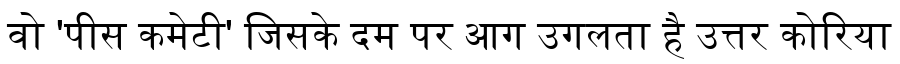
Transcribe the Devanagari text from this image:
वो 'पीस कमेटी' जिसके दम पर आग उगलता है उत्तर कोरिया